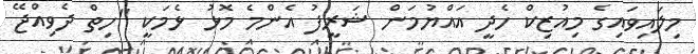
މިލައިވައިގެ މިއުޒިކް ހެދީ އައްޔުމަން ޝަރީފު އެންމެ މޮޅު ޅެމަކީ "ހިތް ދެވިއްޖޭ